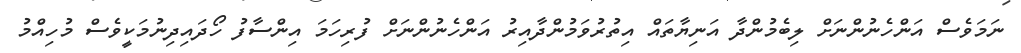
ނަމަވެސް އަންހެނުންނަށް ލިބެމުންދާ އަނިޔާތައް އިތުރުވަމުންދާއިރު އަންހެނުންނަށް ފުރިހަމަ އިންސާފު ހޯދައިދިނުމަކީވެސް މުހިއްމު